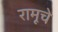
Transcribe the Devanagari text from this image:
रामूचे